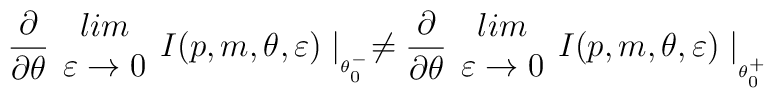
\frac{\partial }{\partial \theta }\begin{array}{c}lim\\\varepsilon \rightarrow 0\end{array}I(p,m,\theta ,\varepsilon )\mid _{_{\theta ^{-}_{0}}}\neq \frac{\partial }{\partial \theta }\begin{array}{c}lim\\\varepsilon \rightarrow 0\end{array}I(p,m,\theta ,\varepsilon )\mid _{_{_{\theta _{0}^{+}}}}